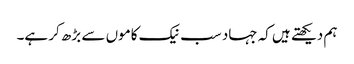
ہم دیکھتے ہیں کہ جہاد سب نیک کاموں سے بڑھ کر ہے۔